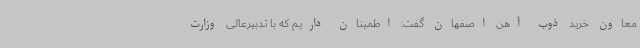
معاون خرید ذوب آهن اصفهان گفت: اطمینان داریم که با تدبیرعالی وزارت